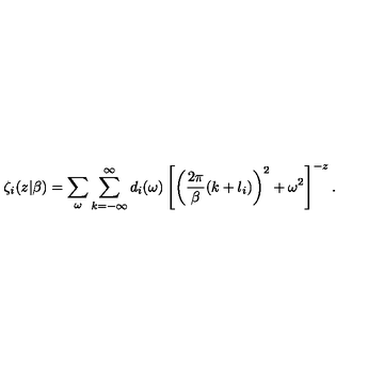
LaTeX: \zeta _ { i } ( z | \beta ) = \sum _ { \omega } \sum _ { k = - \infty } ^ { \infty } d _ { i } ( \omega ) \left[ \left( { \frac { 2 \pi } { \beta } } ( k + l _ { i } ) \right) ^ { 2 } + \omega ^ { 2 } \right] ^ { - z } .